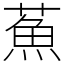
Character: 䔡